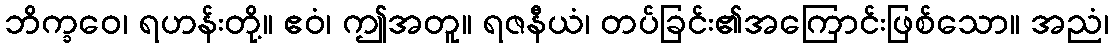
ဘိက္ခဝေ၊ ရဟန်းတို့။ ဧဝံ၊ ဤအတူ။ ရဇနီယံ၊ တပ်ခြင်း၏အကြောင်းဖြစ်သော။ အညံ၊